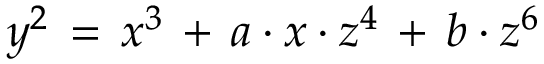
y ^ { 2 } \, = \, x ^ { 3 } \, + \, a \cdot x \cdot z ^ { 4 } \, + \, b \cdot z ^ { 6 }